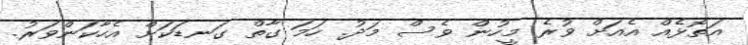
އަތޮޅެއް އެއަށް ވުރެ މީހުން ވެސް މަދު. ހަމަ ގާތް ގަނޑަކަށް އެހާކަންވަރު.